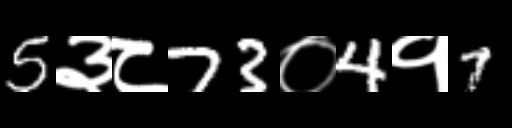
Text: 5३८73०4१7